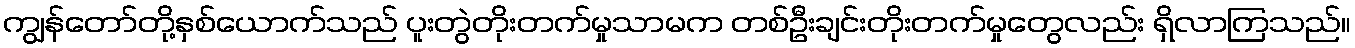
ကျွန်တော်တို့နှစ်ယောက်သည် ပူးတွဲတိုးတက်မှုသာမက တစ်ဦးချင်းတိုးတက်မှုတွေလည်း ရှိလာကြသည်။